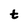
Character: t